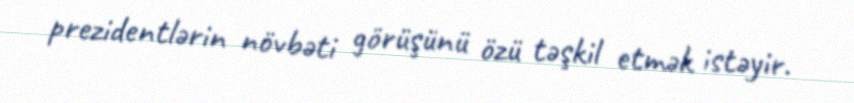
prezidentlərin növbəti görüşünü özü təşkil etmək istəyir.